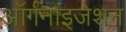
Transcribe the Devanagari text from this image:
आॅर्गनाइजेशन